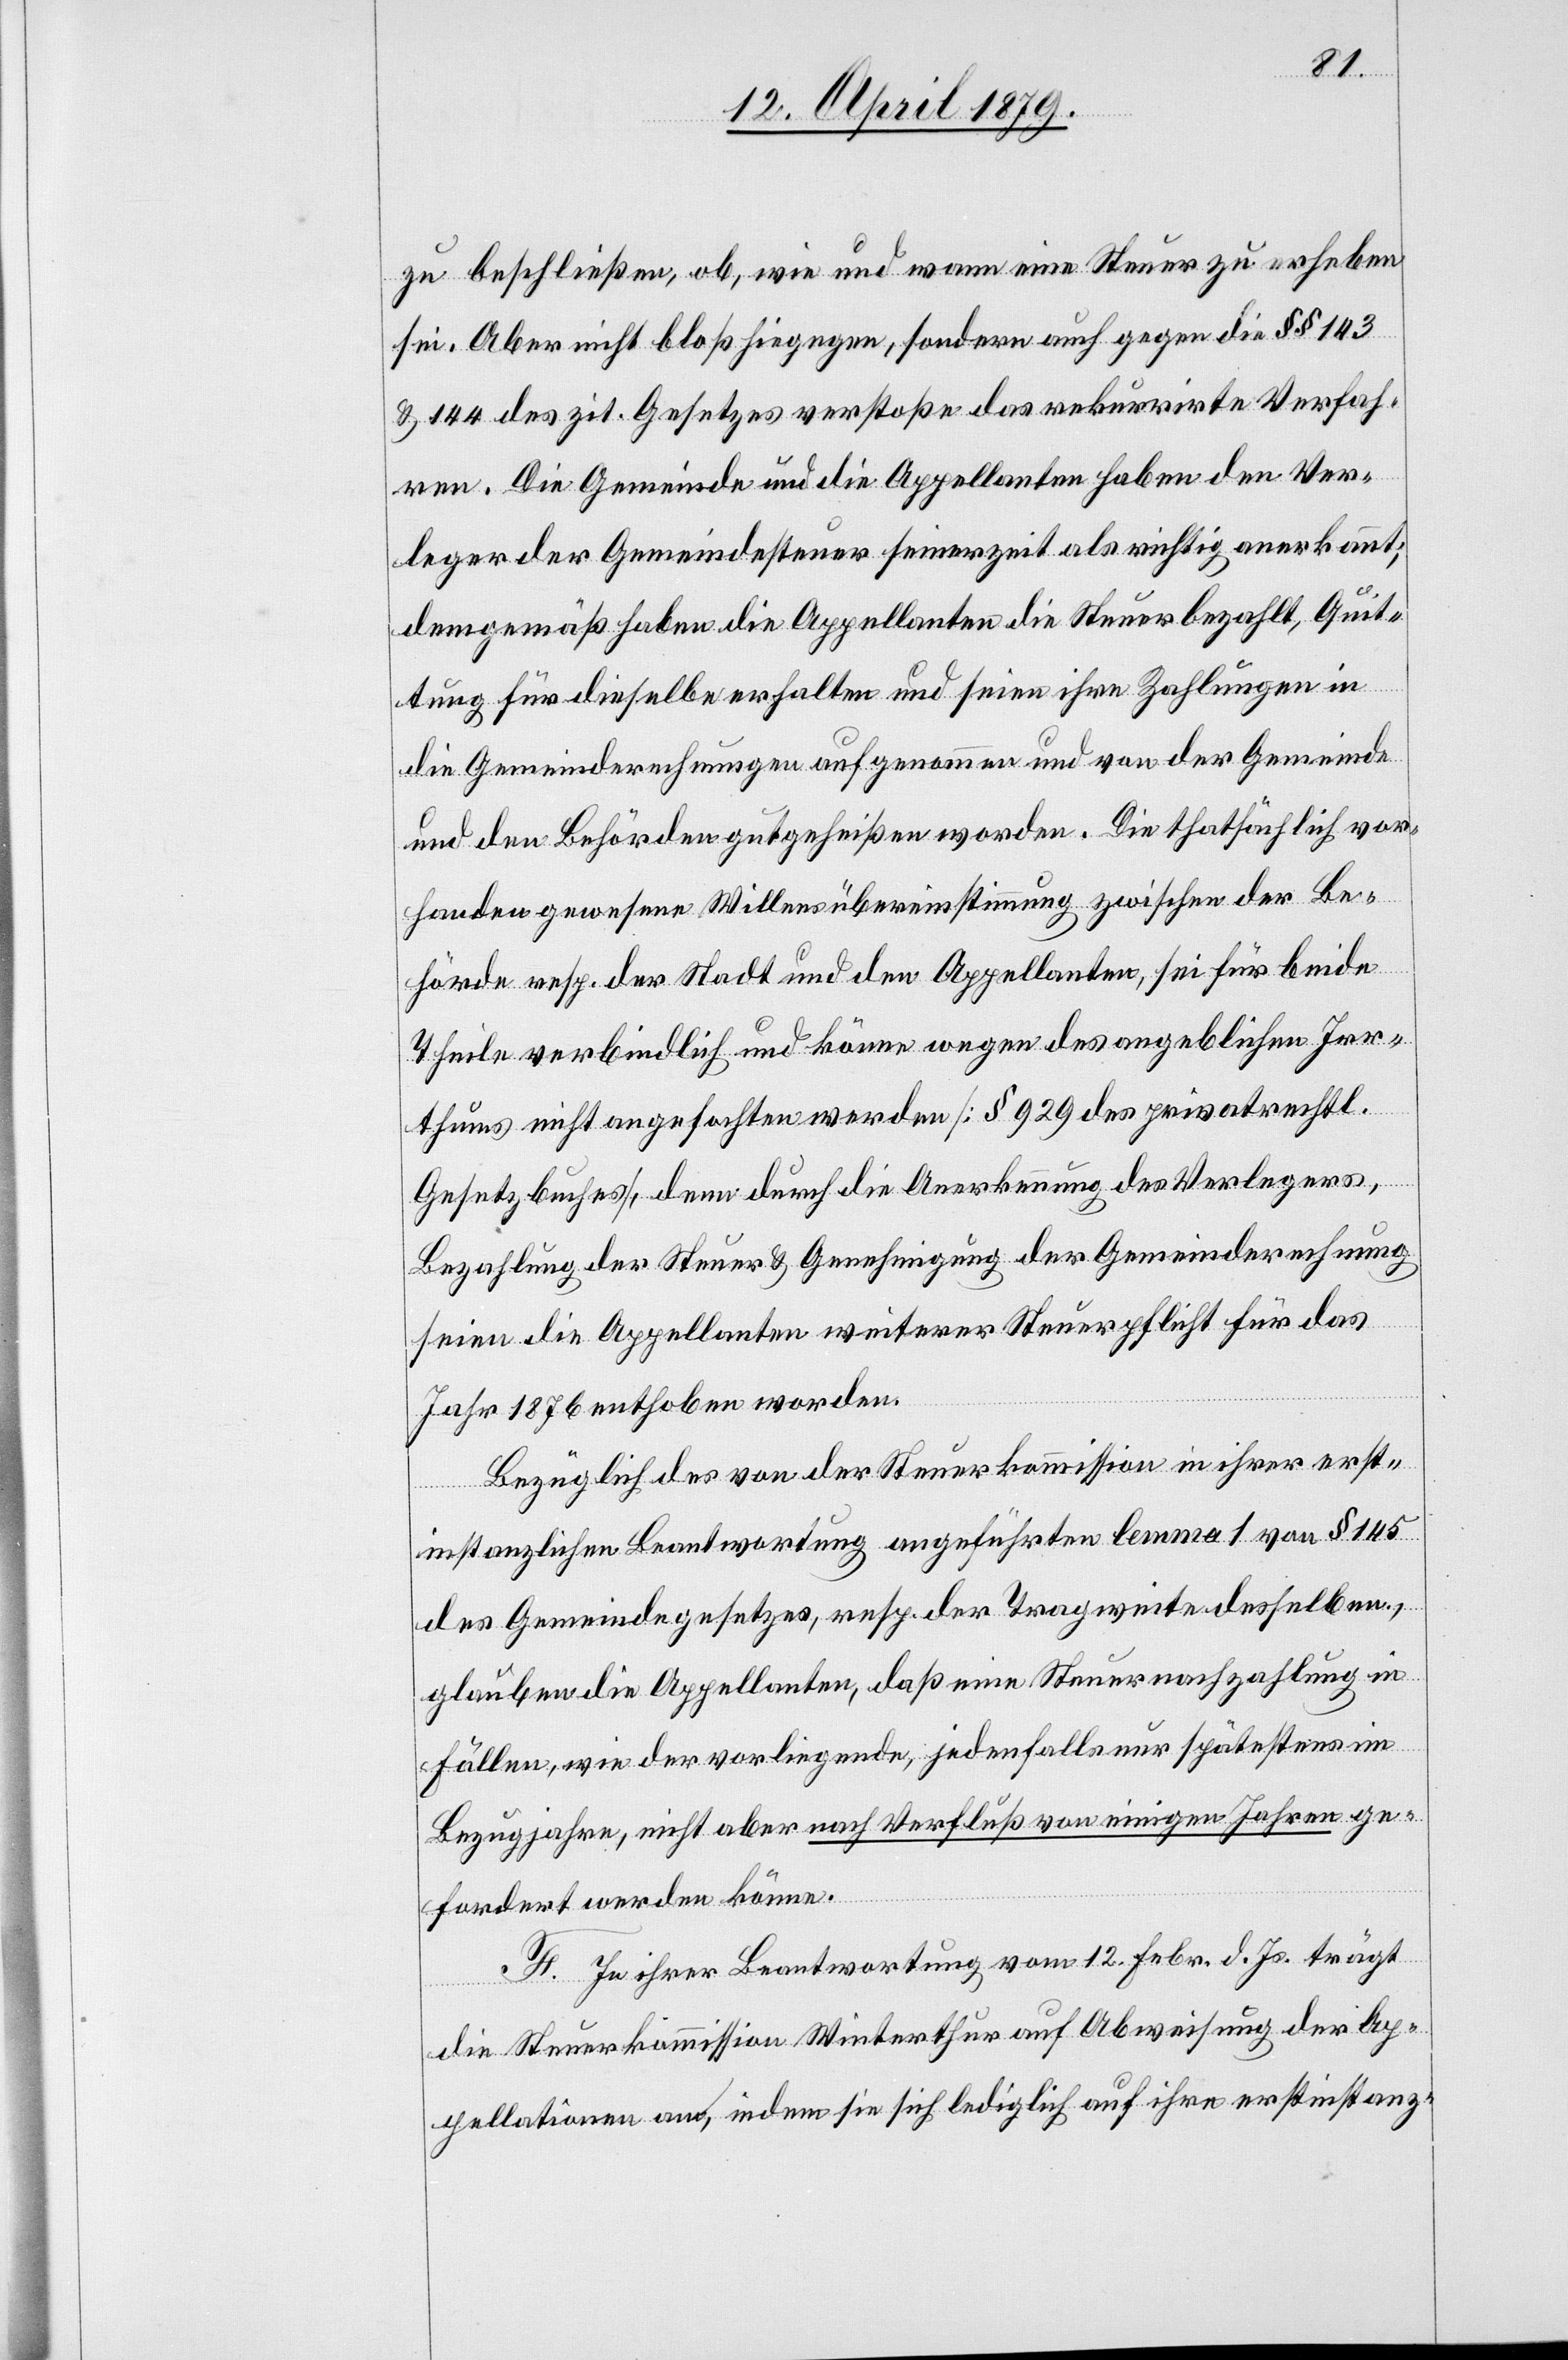
zu beschließen, ob, wie und wann eine Steuer zu erheben
sei. Aber nicht bloß hiegegen, sondern auch gegen die §§ 143
& 144 des zit. Gesetzes verstoße das rekurrirte Verfah¬
ren. Die Gemeinde und die Appellanten haben den Ver¬
leger der Gemeindesteuer seinerzeit als richtig anerkannt;
demgemäß haben die Appellanten die Steuer bezahlt, Quit¬
tung für dieselbe erhalten und seien ihre Zahlungen in
die Gemeinderechnungen aufgenommen und von der Gemeinde
und den Behörden gutgeheißen worden. Die thatsächlich vor¬
handen gewesene Willensübereinstimmung zwischen der Be¬
hörde resp. der Stadt und den Appellanten, sei für beide
Theile verbindlich und könne wegen des angeblichen Irr¬
thums nicht angefochten werden [§ 292 des privatrechtl.
Gesetzbuches], denn durch die Anerkennung des Verlegers,
Bezahlung der Steuer & Genehmigung der Gemeinderechnung
seien die Appellanten weiterer Steuerpflicht für das
Jahr 1876 enthoben worden.
Bezüglich des von der Steuerkommission in ihrer erst¬
instanzlichen Beantwortung angeführten lemma 1 von § 145
des Gemeindegesetzes, resp. der Tragweite desselben,
glauben die Appellanten, daß eine Steuernachzahlung in
Fällen, wie der vorliegende, jedenfalls nur spätestens im
Bezugjahre, nicht aber nach Verfluß von einigen Jahren ge¬
fordert werden könne.
F. In ihrer Beantwortung vom 12. Febr. d. Js. trägt
die Steuerkommission Winterthur auf Abweisung der Ap¬
pellationen an, indem sie sich lediglich auf ihre erstinstanz-